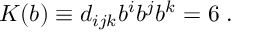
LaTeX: { \cal { K } } ( b ) \equiv d _ { i j k } b ^ { i } b ^ { j } b ^ { k } = 6 \; .